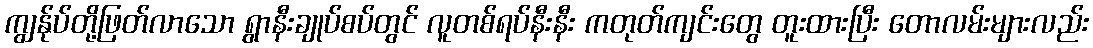
ကျွန်ုပ်တို့ဖြတ်လာသော ရွာနီးချုပ်စပ်တွင် လူတစ်ရပ်နီးနီး ကတုတ်ကျင်းတွေ တူးထားပြီး တောလမ်းများလည်း